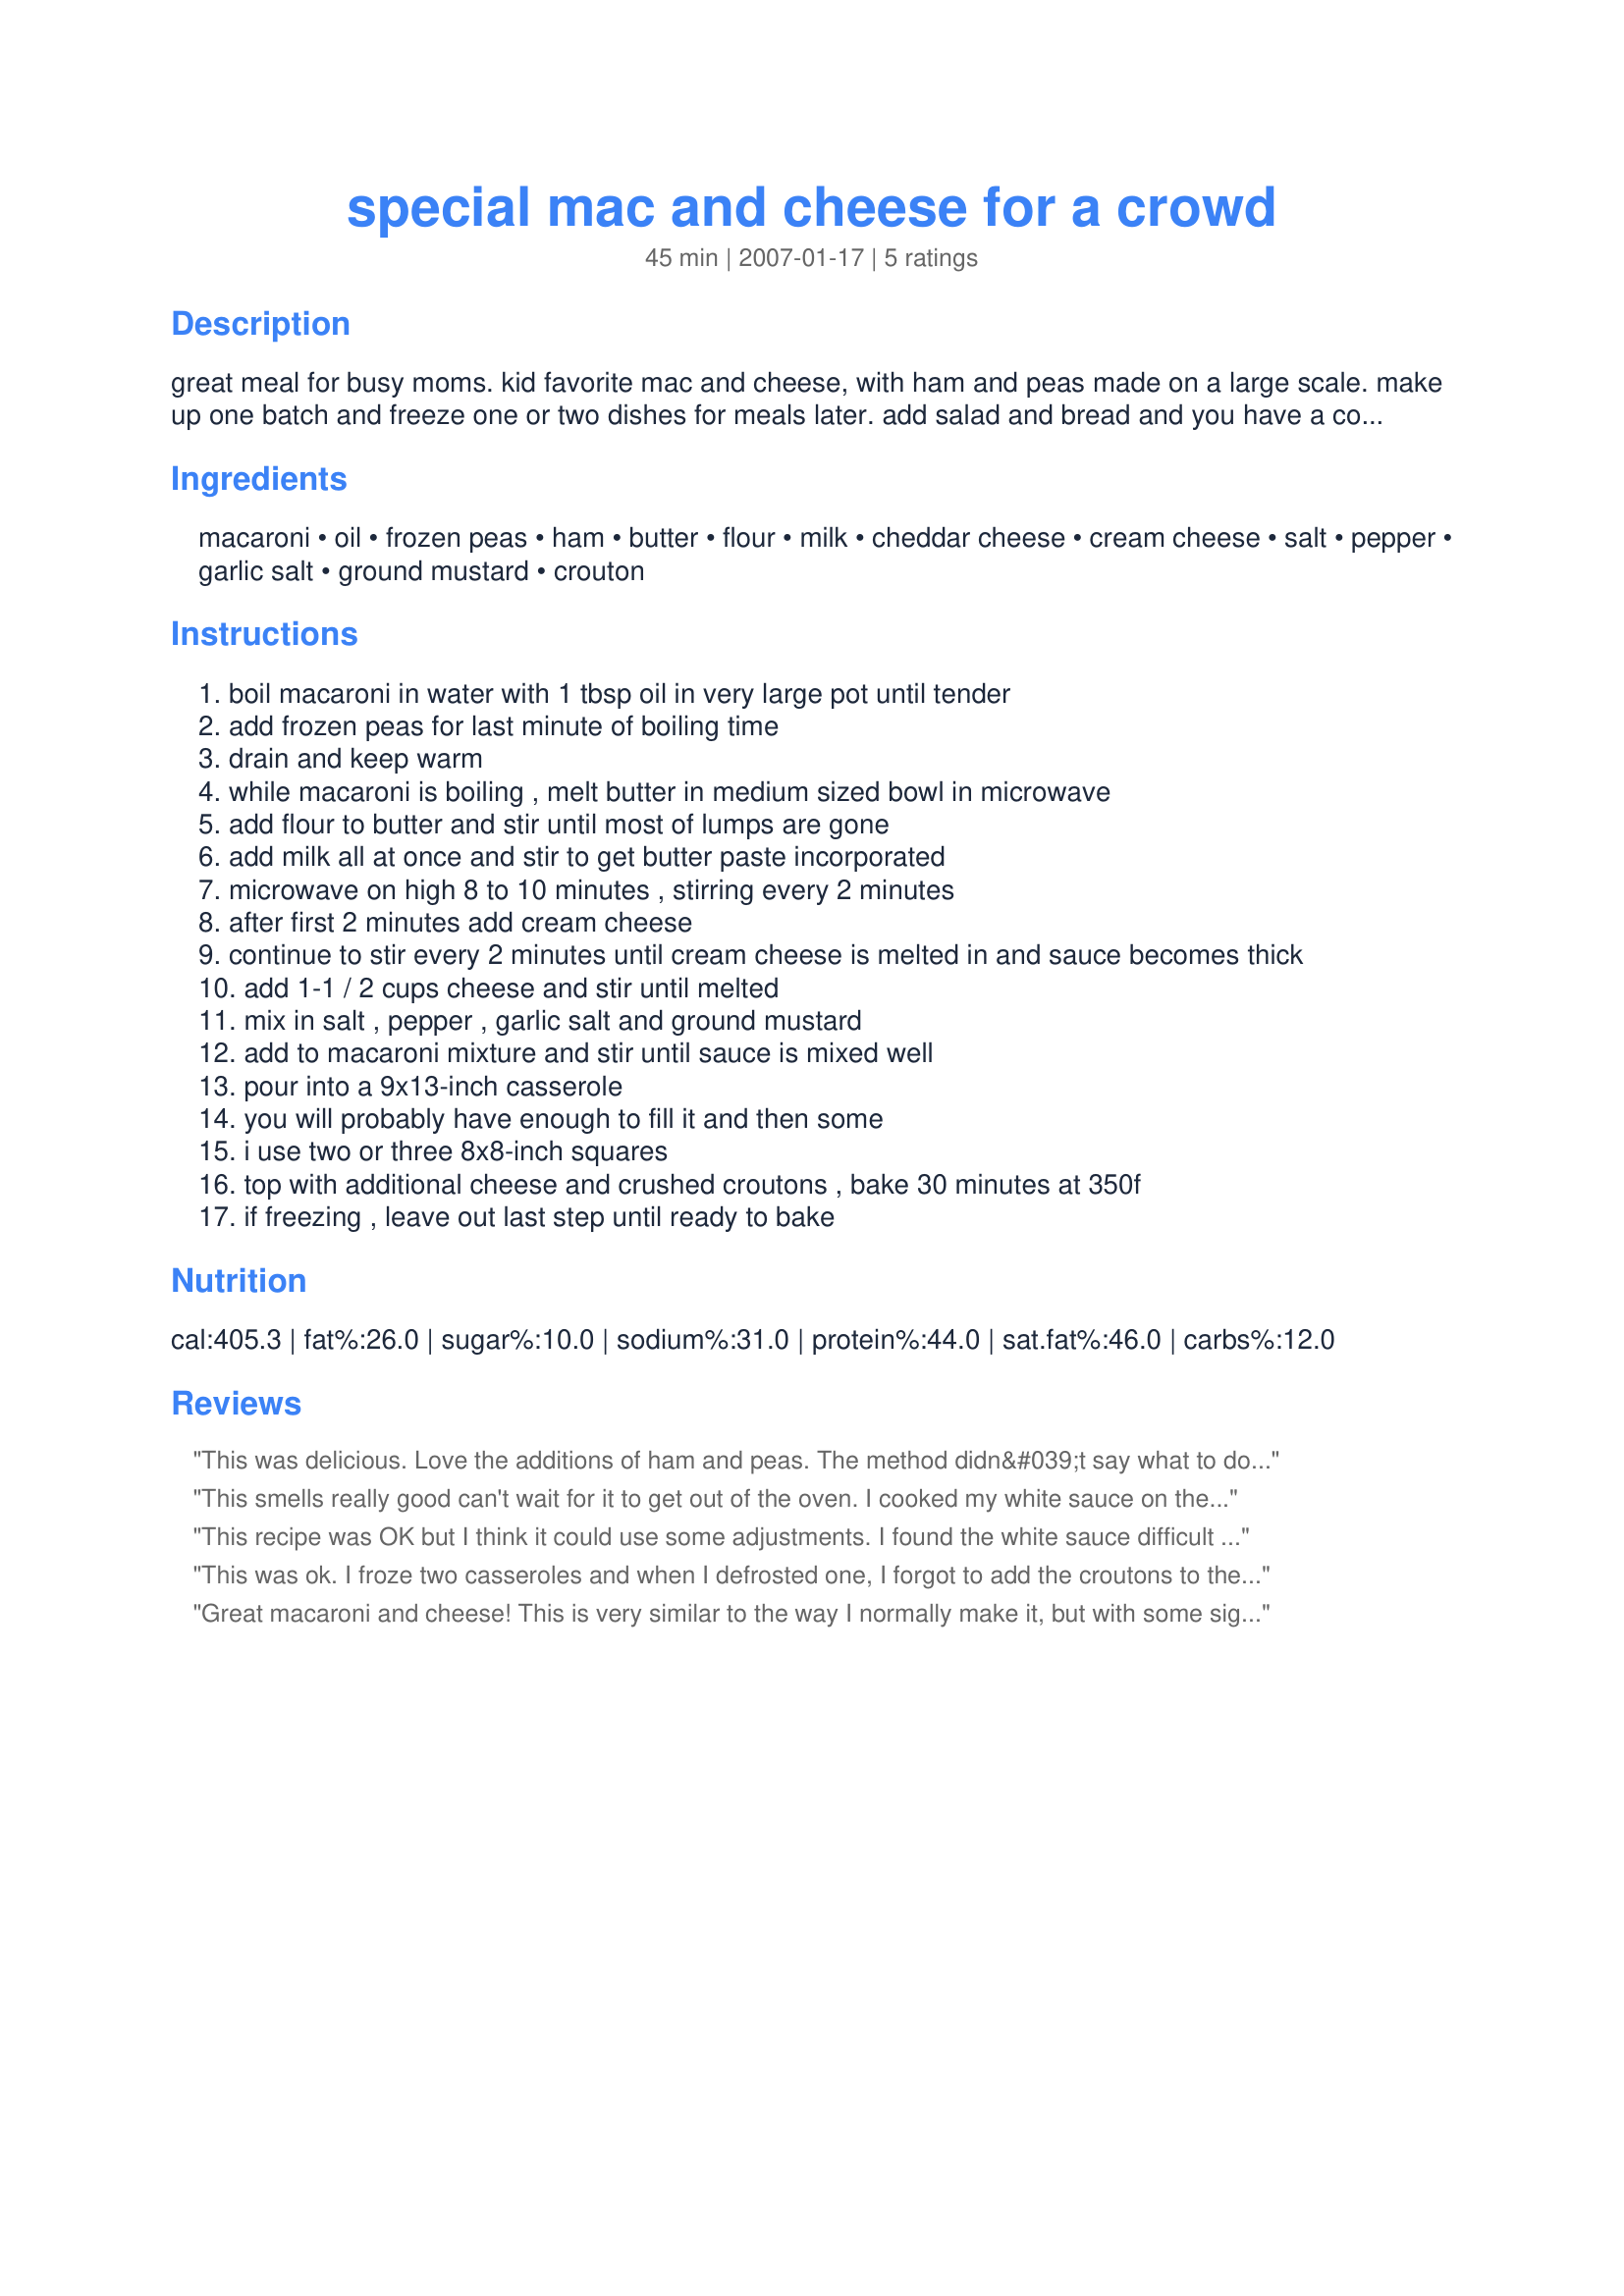
special mac and cheese for a crowd
Preparation time: 45 minutes

great meal for busy moms. kid favorite mac and cheese, with ham and peas made on a large scale. make up one batch and freeze one or two dishes for meals later. add salad and bread and you have a complete meal. great for freezing to save time in the kitchen.

Ingredients:
macaroni, oil, frozen peas, ham, butter, flour, milk, cheddar cheese, cream cheese, salt, pepper, garlic salt, ground mustard, crouton

Steps:
boil macaroni in water with 1 tbsp oil in very large pot until tender
add frozen peas for last minute of boiling time
drain and keep warm
while macaroni is boiling , melt butter in medium sized bowl in microwave
add flour to butter and stir until most of lumps are gone
add milk all at once and stir to get butter paste incorporated
microwave on high 8 to 10 minutes , stirring every 2 minutes
after first 2 minutes add cream cheese
continue to stir every 2 minutes until cream cheese is melted in and sauce becomes thick
add 1-1 / 2 cups cheese and stir until melted
mix in salt , pepper , garlic salt and ground mustard
add to macaroni mixture and stir until sauce is mixed well
pour into a 9x13-inch casserole
you will probably have enough to fill it and then some
i use two or three 8x8-inch squares
top with additional cheese and crushed croutons , bake 30 minutes at 350f
if freezing , leave out last step until ready to bake

Reviews:
This was delicious. Love the additions of ham and peas. The method didn&#039;t say what to do with the ham, but I assumed it went in with everything else, so I mixed it in along with the peas. Also loved the crunchy crouton topping, great idea. This might be my new favourite Mac and Cheese!
This smells really good can't wait for it to get out of the oven. I cooked my white sauce on the stove and had no problem with adding the milk all at once. I do have to agree, that it could use more cheese flavor. I think doubling it as appleydapply said would work out nicely. Made for Zaar Tag 2007 game
This recipe was OK but I think it could use some adjustments. I found the white sauce difficult to make as directed - I've never seen a white sauce recipe that says to dump the milk in all at once, and now I know why - the butter/flour wouldn't dissolve. The casserole didn't have much cheese flavor so I would suggest doubling the amount of cheddar. When I added the cheddar to the hot milk mixture, it dissolved quickly and I almost couldn't tell from texture, taste, or color that the cheese had been added. Probably because of the lack of cheese, the mustard was the strongest flavor in the recipe.
This was ok. I froze two casseroles and when I defrosted one, I forgot to add the croutons to the top, but I'll try to remember them when I serve the one left in the freezer. I think if I were to make this again, I would add at least double the cheese because it didn't taste nearly as cheese-y as I thought it should.
Great macaroni and cheese! This is very similar to the way I normally make it, but with some significant differences - the cream cheese adds just the right touch of added creaminess, and the extra cheese and crunchiness on top are a great addition. I didn't have croutons, used crushed Ritz crackers instead and they were great. Thanks for sharing!
